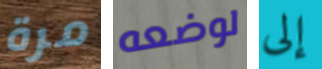
مرة لوضعه إلى